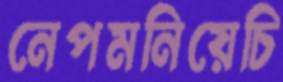
নেপমনিয়েচি